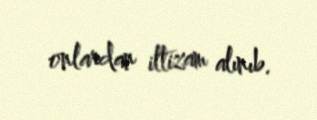
onlardan iltizam alınıb.